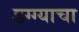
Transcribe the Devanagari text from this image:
डग्ग्याचा